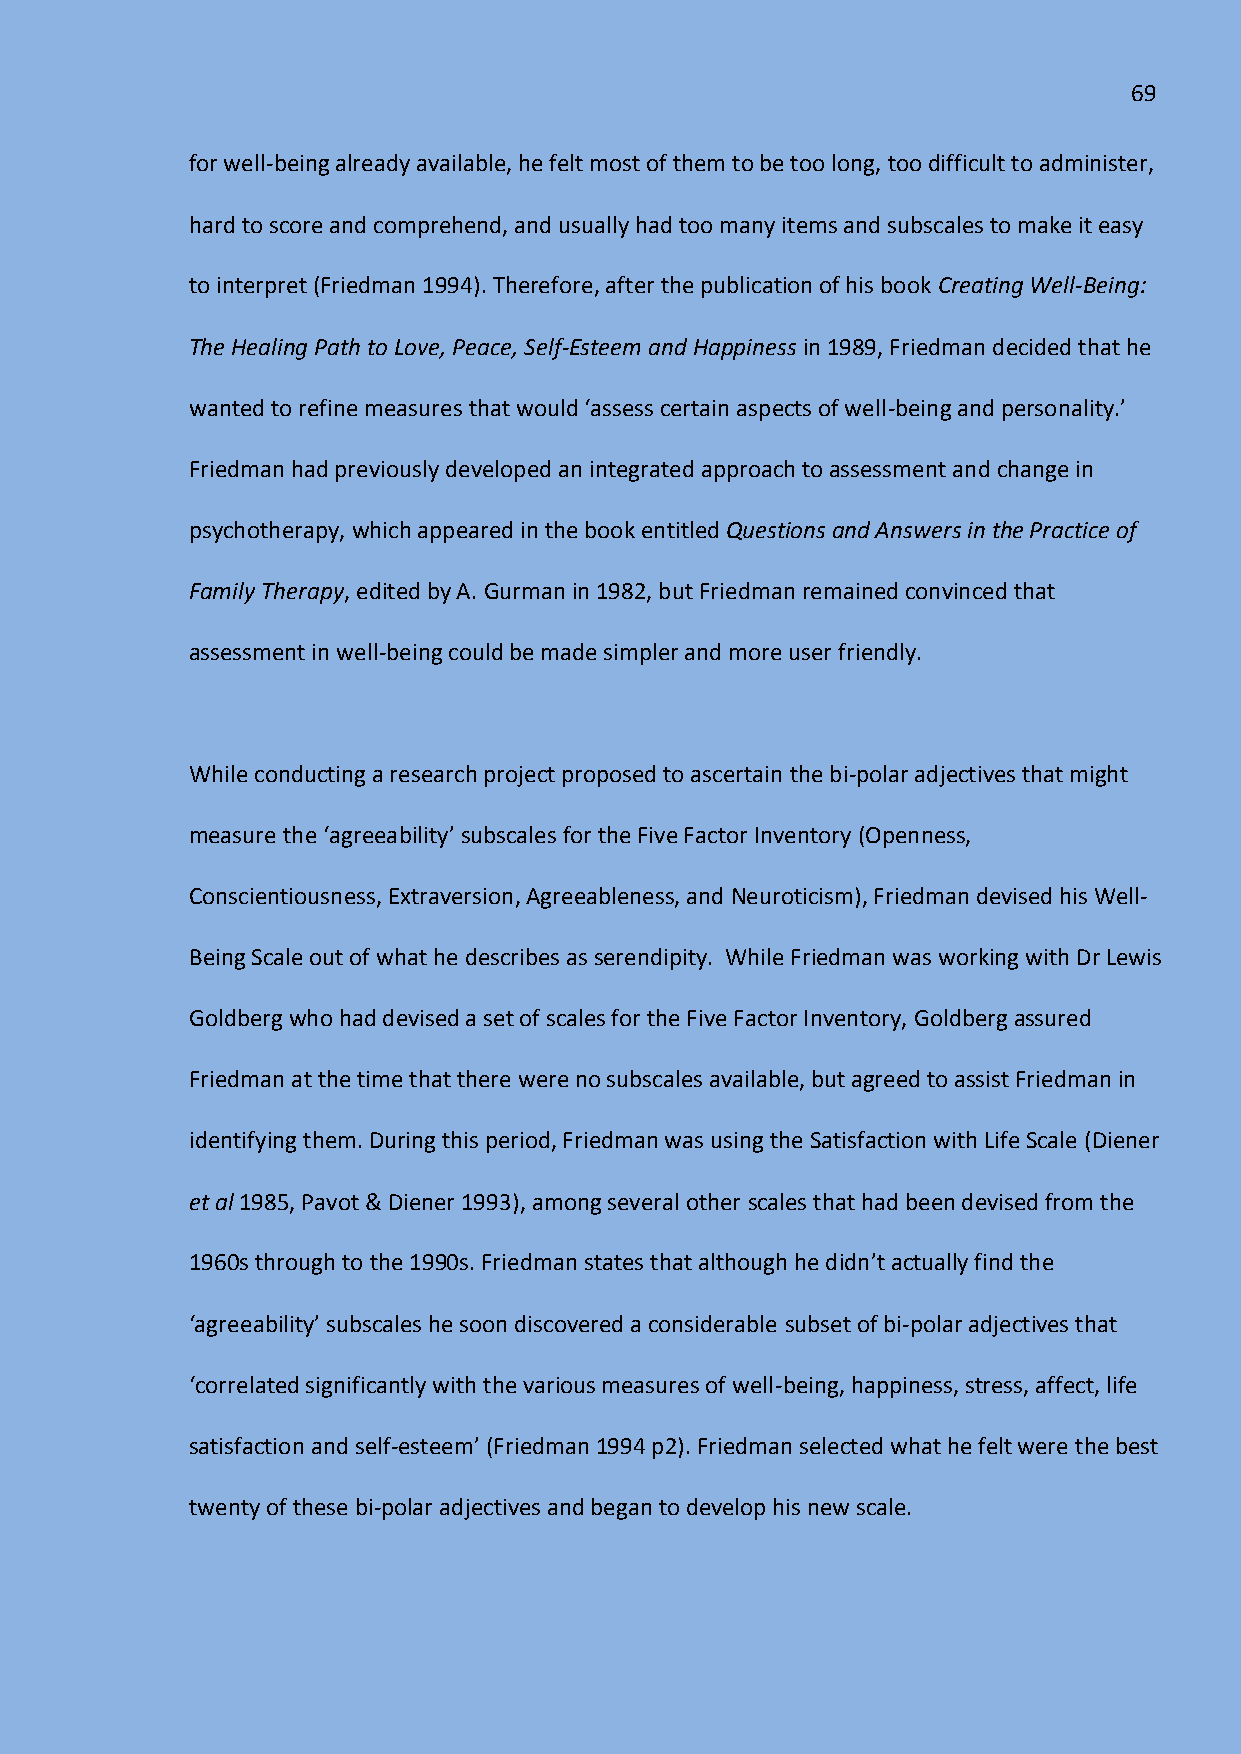
69
 for well-being already available, he felt most of them to be too long, too difficult to administer,
 hard to score and comprehend, and usually had too many items and subscales to make it easy
 to interpret (Friedman 1994). Therefore, after the publication of his book Creating Well-Being:
 The Healing Path to Love, Peace, Self-Esteem and Happiness in 1989, Friedman decided that he
 wanted to refine measures that would ‘assess certain aspects of well-being and personality.’
 Friedman had previously developed an integrated approach to assessment and change in
 psychotherapy, which appeared in the book entitled Questions and Answers in the Practice of
 Family Therapy, edited by A. Gurman in 1982, but Friedman remained convinced that
 assessment in well-being could be made simpler and more user friendly.
 While conducting a research project proposed to ascertain the bi-polar adjectives that might
 measure the ‘agreeability’ subscales for the Five Factor Inventory (Openness,
 Conscientiousness, Extraversion, Agreeableness, and Neuroticism), Friedman devised his Well-
 Being Scale out of what he describes as serendipity. While Friedman was working with Dr Lewis
 Goldberg who had devised a set of scales for the Five Factor Inventory, Goldberg assured
 Friedman at the time that there were no subscales available, but agreed to assist Friedman in
 identifying them. During this period, Friedman was using the Satisfaction with Life Scale (Diener
 et al 1985, Pavot & Diener 1993), among several other scales that had been devised from the
 1960s through to the 1990s. Friedman states that although he didn’t actually find the
 ‘agreeability’ subscales he soon discovered a considerable subset of bi-polar adjectives that
 ‘correlated significantly with the various measures of well-being, happiness, stress, affect, life
 satisfaction and self-esteem’ (Friedman 1994 p2). Friedman selected what he felt were the best
 twenty of these bi-polar adjectives and began to develop his new scale.